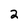
Character: 2